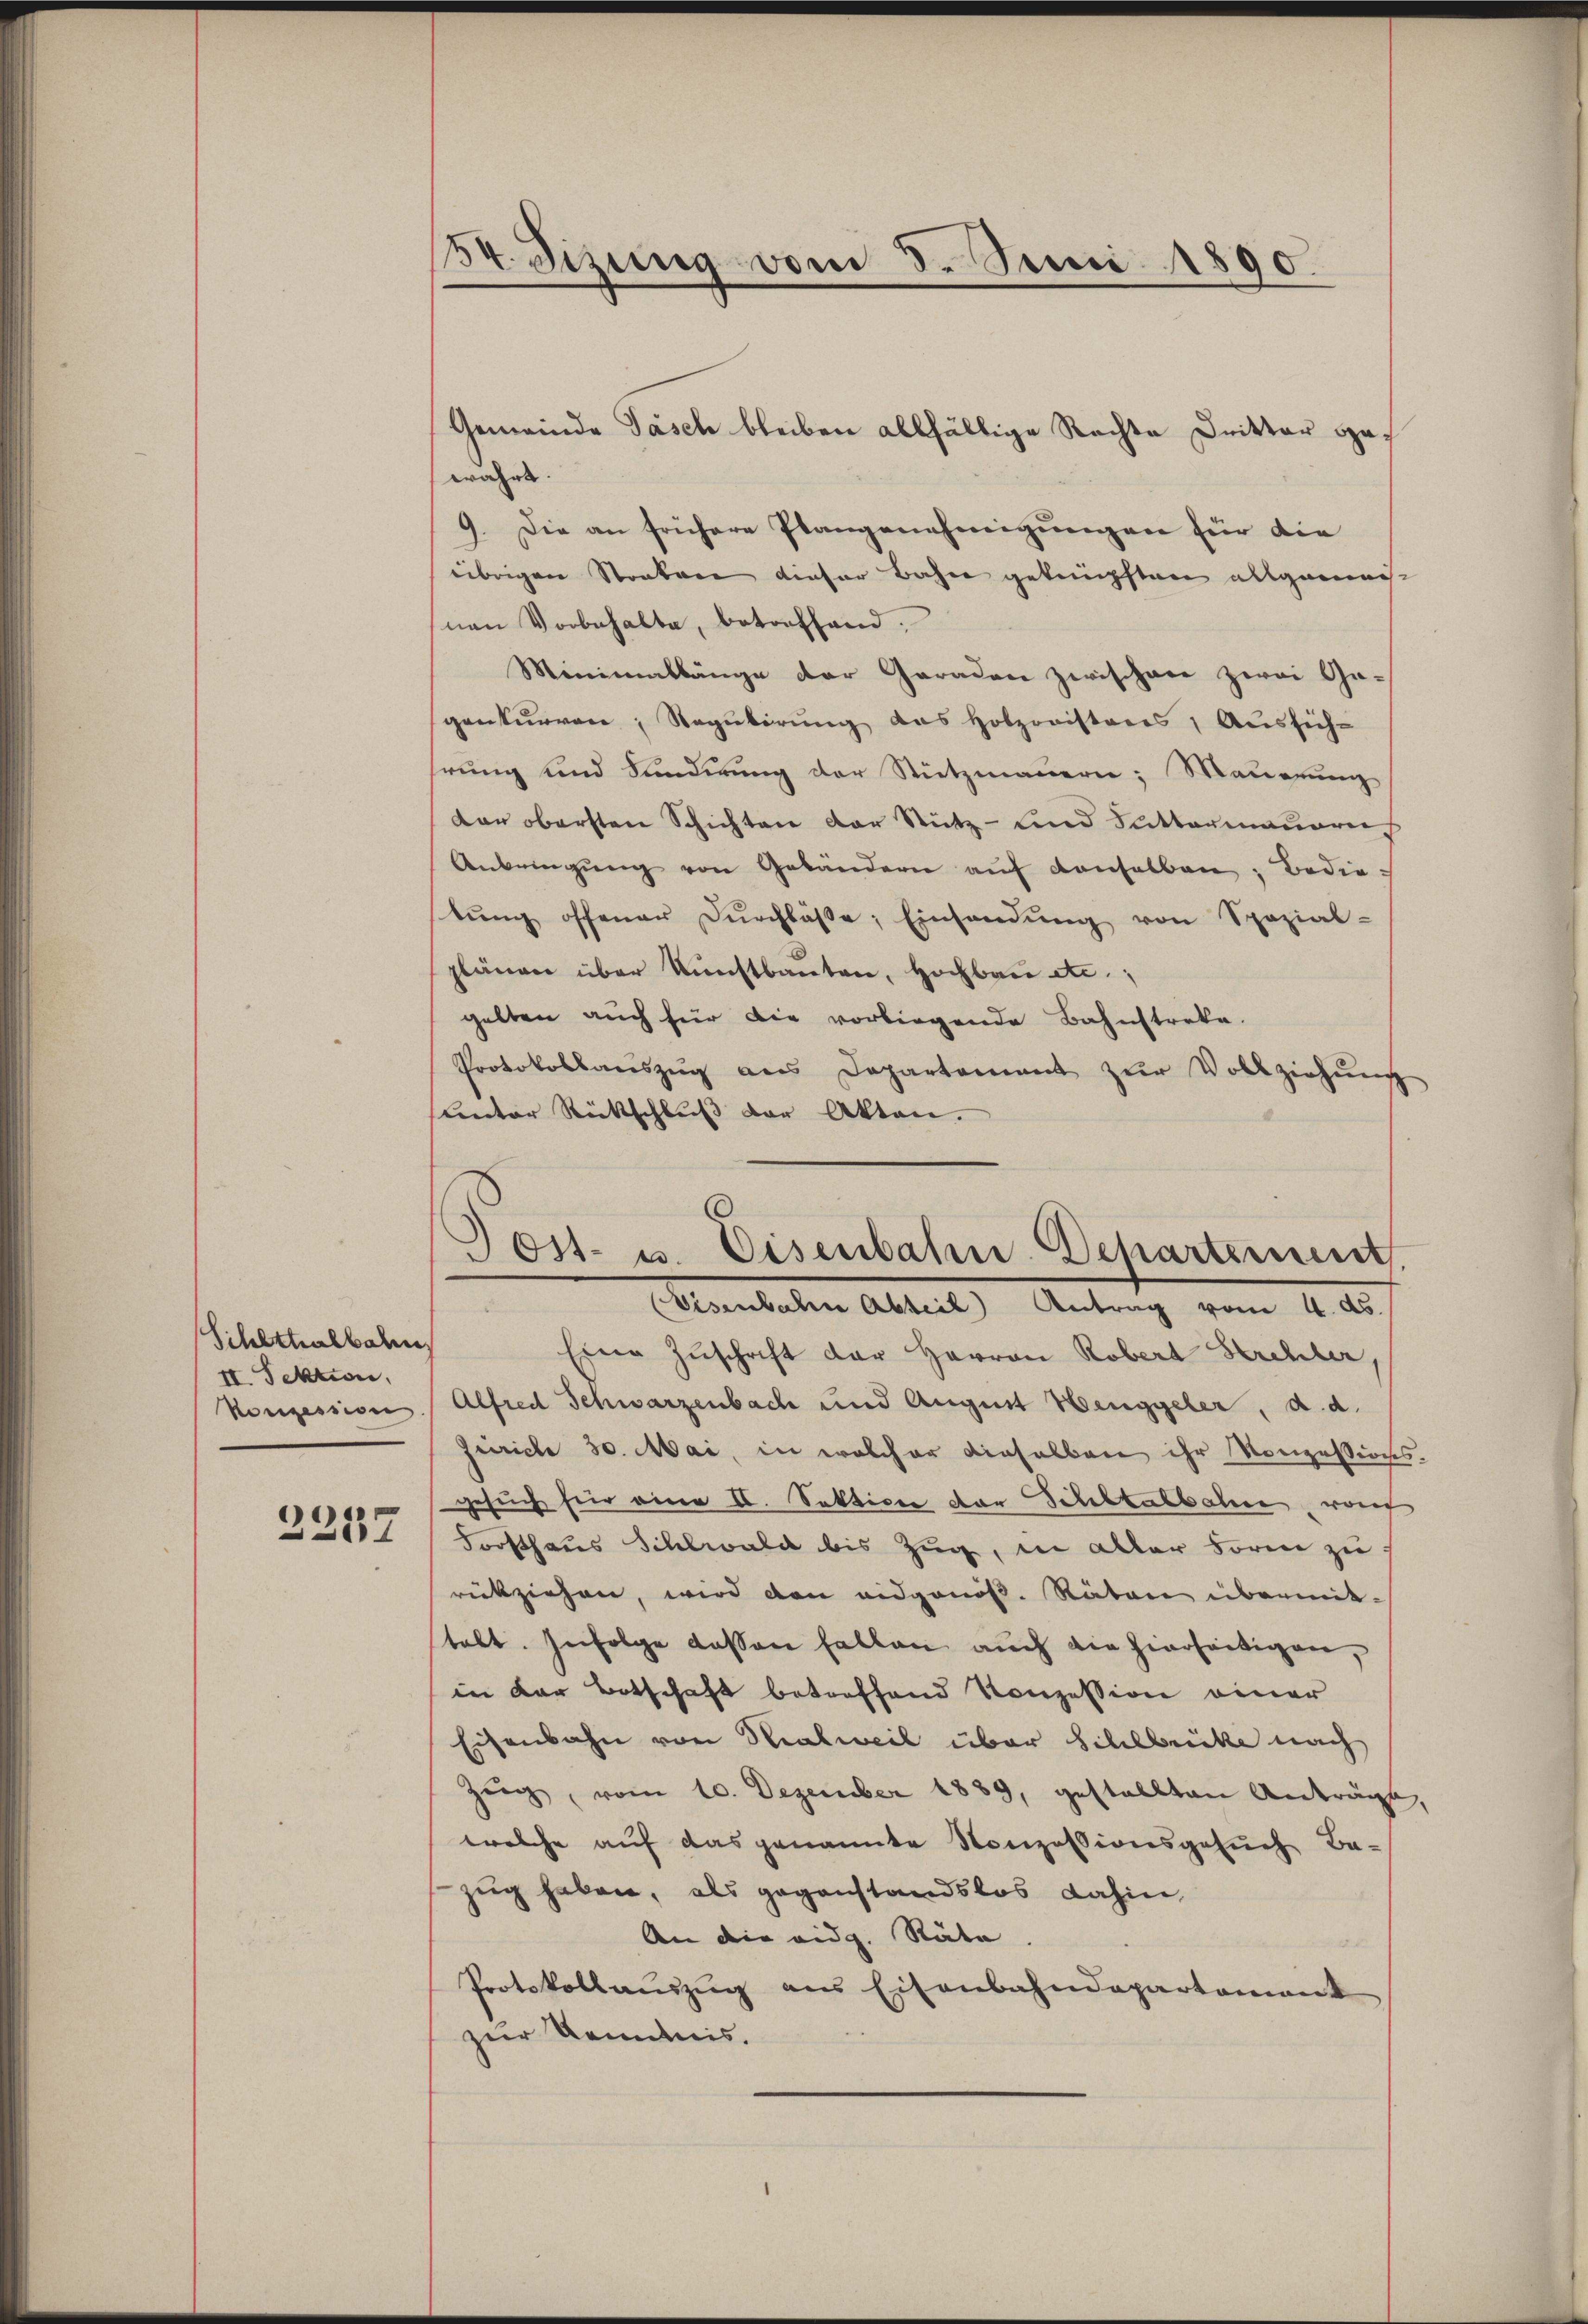
Schlttalbahn
II. Sektion,
Konzession

2257

54. Sizung vom 3. Juni 1890.

Gemeinde Tasch bleiben allfällige Rechte Dritter gewahrt.
9. Die an frühere Plangenehmigungen für die
übrigen Staaten dieser Bahne geknüpften allgemacht
nen Vorbehalte, betreffend.
Minimallänge der Geraden zwischen zwei Ga-
gonkurren Regulirung das Holzonisteres, Aussichhrung und Funderung der Stützmauern; Mauerung
dar obersten Schichten der Stütz- und Sattermauere
Anbringŭng von Gebändern aŭf denselben, Bedietŭng offener Dŭrchlasse; Einsendŭng von Spezial-
plänen über Kunstbauten, Hochbau etc.;
gelten auch für die vorliegende Bahnstreke.
Protokollaŭszŭg ans Departement zŭr Vollziehŭng
lentor Rückschluß der Akten.
Eine Zuschrift der Herren Robert Strehler,
Alfred Schwarzenbach und August Henggeler, d. d.
Geirich 30. Mai, in welcher dieselben ihr Konzessionsgesuch für eine II. Sektion der Schltalbahne woh
Forsthaus Schlwald bis Zŭg, in aller Form zŭ
rückziehen, wird den eidgenös. Räten übermittalt. Infolge dessen fallen auch die hierseitigen,
in der Botschaft betreffend Konzession einer
Eisenbahn von Halweil über Schlücke nach
Zeg, vom 10. Dezember 1889, gestellten Anträge,
welche auf das genannte Konzessionsgesuch Be-
zug haben, als gegenstandslos dahin,
An die eidg. Räte
Protokollauszug aus Eisenbahndepartamant
zur Kenntnis.

Tost- u. Eisenbahn-Departement.
Eisenbahne Abteil) Antrag vom 4. ds.